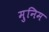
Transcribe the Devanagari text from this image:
मुनिम